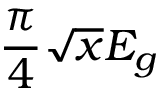
\frac { \pi } { 4 } \sqrt { x } E _ { g }